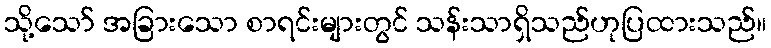
သို့သော် အခြားသော စာရင်းများတွင် သန်းသာရှိသည်ဟုပြထားသည်။